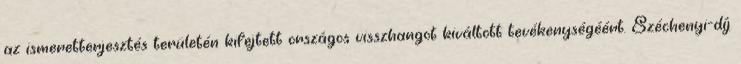
az ismeretterjesztés területén kifejtett országos visszhangot kiváltott tevékenységéért. Széchenyi-díj